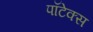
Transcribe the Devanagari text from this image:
पॉटेक्स